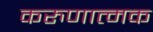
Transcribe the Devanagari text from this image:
करुणात्मक